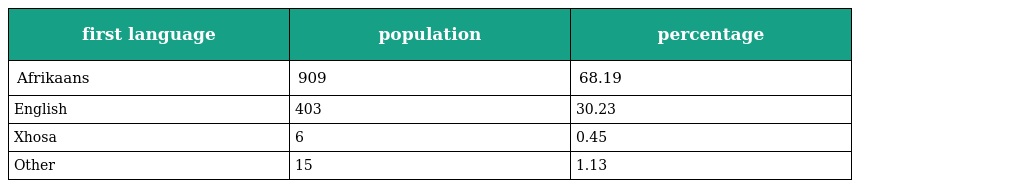
| first language | population | percentage |
 | --- | --- | --- |
 | Afrikaans | 909 | 68.19 |
 | English | 403 | 30.23 |
 | Xhosa | 6 | 0.45 |
 | Other | 15 | 1.13 |